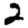
Digit: 2